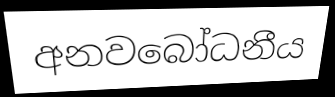
අනවබෝධනීය